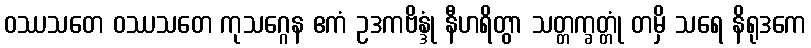
ဝဿသတေ ဝဿသတေ ကုသဂ္ဂေန ဧကံ ဥဒကဗိန္ဒုံ နီဟရိတွာ သတ္တက္ခတ္တုံ တမှိ သရေ နိရုဒကေ